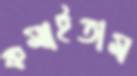
কমাইতাম